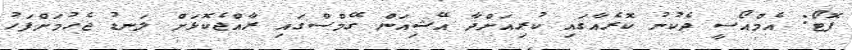
ފޮޓޯ: އެމްއޯސީ ދެކުނު ކޮރެއާގައި ކުރިއަށްދާ އޭޝިއަން ގޭމްސްގައި ރާއްޖެކޮޅަށް ލަނޑު ޖެހުމަށްފަހު